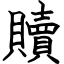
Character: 贖